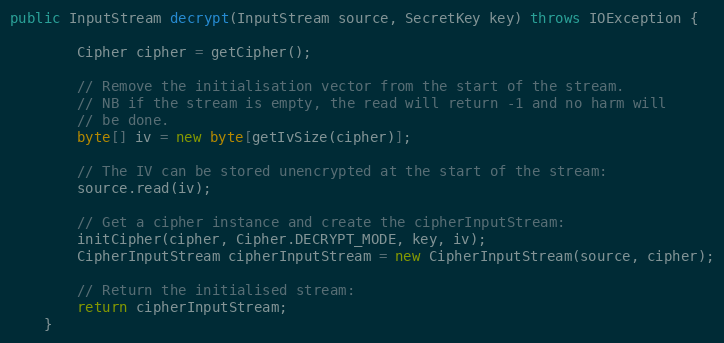
Language: Java
public InputStream decrypt(InputStream source, SecretKey key) throws IOException {

        Cipher cipher = getCipher();

        // Remove the initialisation vector from the start of the stream.
        // NB if the stream is empty, the read will return -1 and no harm will
        // be done.
        byte[] iv = new byte[getIvSize(cipher)];

        // The IV can be stored unencrypted at the start of the stream:
        source.read(iv);

        // Get a cipher instance and create the cipherInputStream:
        initCipher(cipher, Cipher.DECRYPT_MODE, key, iv);
        CipherInputStream cipherInputStream = new CipherInputStream(source, cipher);

        // Return the initialised stream:
        return cipherInputStream;
    }